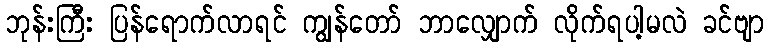
ဘုန်းကြီး ပြန်ရောက်လာရင် ကျွန်တော် ဘာလျှောက် လိုက်ရပါ့မလဲ ခင်ဗျာ